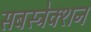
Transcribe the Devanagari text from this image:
सबस्ट्रेक्शन